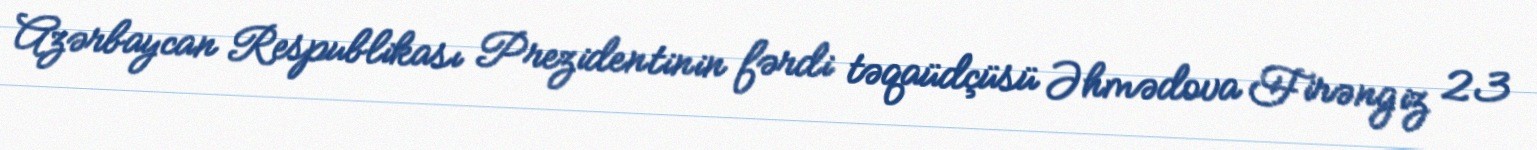
Azərbaycan Respublikası Prezidentinin fərdi təqaüdçüsü Əhmədova Firəngiz 23